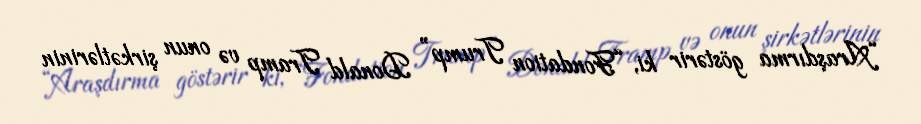
“Araşdırma göstərir ki, “Fondation Trump” Donald Tramp və onun şirkətlərinin